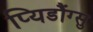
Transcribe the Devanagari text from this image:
प्यिडौंग्सु